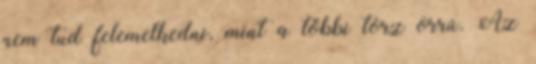
nem tud felemelkedni, mint a többi torz orrú. Az